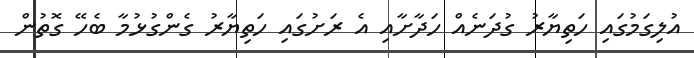
އުލިގަމުގައި ހަތިޔާރު ގުދަނެއް ހަދާށާއި އެ ރަށުގައި ހަތިޔާރު ގެންގުޅުމާ ބެހޭ ގޮތުން